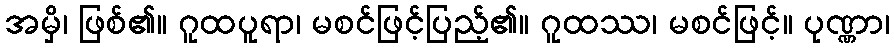
အမှိ၊ ဖြစ်၏။ ဂူထပူရာ၊ မစင်ဖြင့်ပြည့်၏။ ဂူထဿ၊ မစင်ဖြင့်။ ပုဏ္ဏာ၊